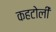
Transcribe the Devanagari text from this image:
कहटोली